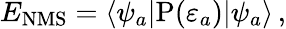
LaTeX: E_{\mathrm{NMS}}=\langle\psi_{a}|\mathrm{P}(\varepsilon_{a})|\psi_{a}\rangle\, ,